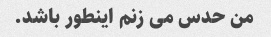
من حدس می زنم اینطور باشد.